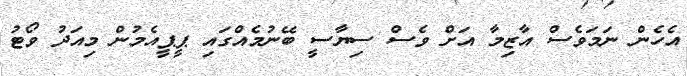
އެހެން ނަމަވެސް އާޒިމާ އަށް ވެސް ސިޔާސީ ބޭނުމެއްގައި ޕީޕީއެމުން މިއަދު ވޯޓު